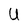
Character: U